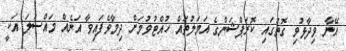
އޭނާ ވިދާޅުވި ގޮތުގައި ކޮރަޕްޝަންގެ އަމަލުތައް ހުއްޓުވުމަށް ދިމާވެފައިވާ އަނެއް މައްސަލަ އަކީ